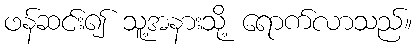
ဖန်ဆင်း၍ သူ့အနားသို့ ရောက်လာသည်။